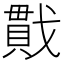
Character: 𪭖